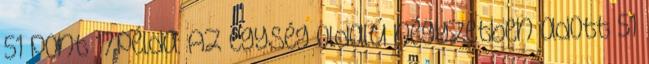
51 pont 17.példa: Az egység oldalú négyzetben adott 51